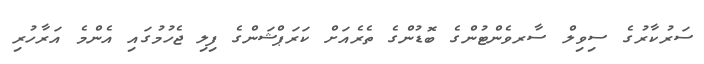
ސަރުކާރުގެ ސިވިލް ސާރވެންޓުންގެ ބޮޑުންގެ ތެރެއަށް ކަރަޕްޝަންގެ ފިލި ޖެހުމުގައި އެންމެ އަރާހުރި